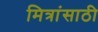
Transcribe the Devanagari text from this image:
मित्रांसाठी